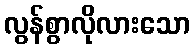
လွန်စွာလိုလားသော